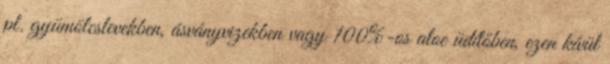
pl. gyümölcslevekben, ásványvizekben vagy 100%-os aloe üdítőben, ezen kívül